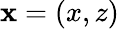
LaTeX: {\mathbf x}=(x,z)